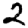
Digit: 2